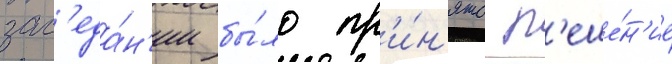
зас'еда́н'ии бы́ло пр'и́н'ято р'еше́н'ие